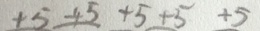
+ 5 + 5 + 5 + 5 + 5